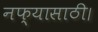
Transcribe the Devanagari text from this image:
नफ्यासाठी।